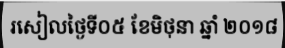
រសៀលថ្ងៃទី០៥ ខែមិថុនា ឆ្នាំ ២០១៨